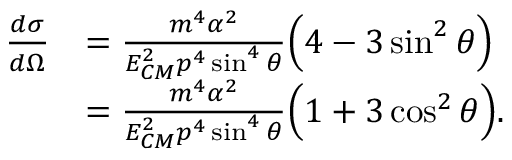
{ \begin{array} { r l } { { \frac { d \sigma } { d \Omega } } } & { = { \frac { m ^ { 4 } \alpha ^ { 2 } } { E _ { C M } ^ { 2 } p ^ { 4 } \sin ^ { 4 } \theta } } { \Big ( } 4 - 3 \sin ^ { 2 } \theta { \Big ) } } \\ & { = { \frac { m ^ { 4 } \alpha ^ { 2 } } { E _ { C M } ^ { 2 } p ^ { 4 } \sin ^ { 4 } \theta } } { \Big ( } 1 + 3 \cos ^ { 2 } \theta { \Big ) } . } \end{array} }